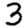
Digit: 3